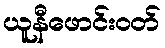
ယူနီဖောင်းဝတ်